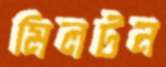
মিলটন